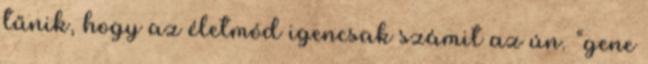
tűnik, hogy az életmód igencsak számit az ún. “gene